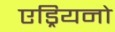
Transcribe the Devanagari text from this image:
एड्रियनो